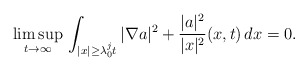
\begin{align*}\limsup_{t\to\infty}\,\int_{|x|\ge\lambda_0^jt}|\nabla a|^2+\frac{|a|^2}{|x|^2}(x,t)\,dx=0.\end{align*}